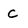
Character: c